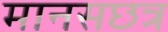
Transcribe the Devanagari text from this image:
मानसछत्र